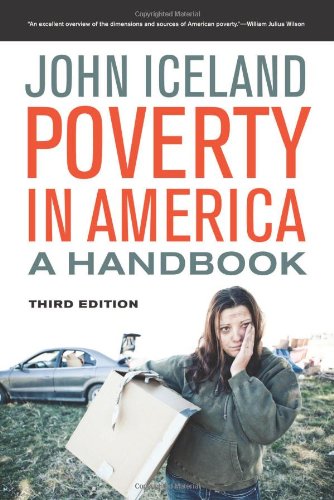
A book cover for Poverty in America: A Handbook; John Iceland; Business & Money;